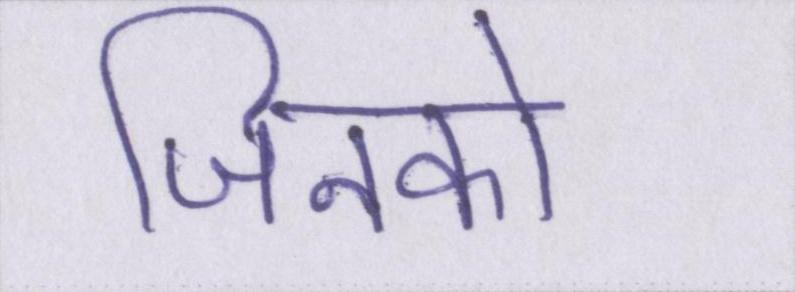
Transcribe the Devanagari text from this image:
जिनको